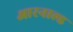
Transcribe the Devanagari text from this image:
आरनाल्ड